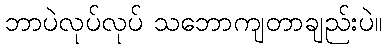
ဘာပဲလုပ်လုပ် သဘောကျတာချည်းပဲ။